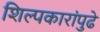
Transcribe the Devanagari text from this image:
शिल्पकारांपुढे